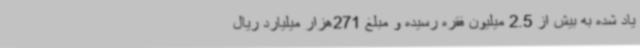
یاد شده به بیش از 2.5 میلیون فقره رسیده و مبلغ 271هزار میلیارد ریال